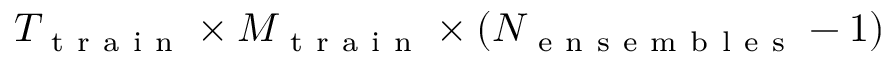
T _ { \mathrm { ~ t ~ r ~ a ~ i ~ n ~ } } \times M _ { \mathrm { ~ t ~ r ~ a ~ i ~ n ~ } } \times ( N _ { \mathrm { ~ e ~ n ~ s ~ e ~ m ~ b ~ l ~ e ~ s ~ } } - 1 )